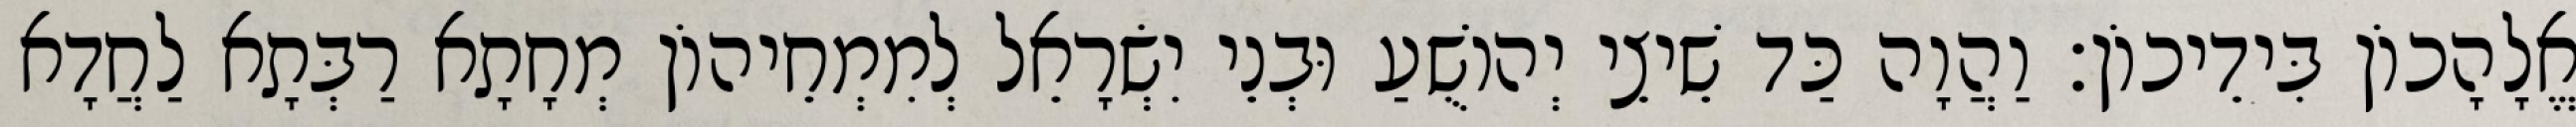
אֱלָהָכוֹן בִּידֵיכוֹן׃ וַהֲוָה כַּד שֵׁיצֵי יְהוֹשֻׁעַ וּבְנֵי יִשְׂרָאֵל לְמִמְחֵיהוֹן מְחָתָא רַבְּתָא לַחֲדָא